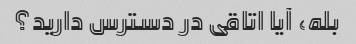
بله، آیا اتاقی در دسترس دارید؟